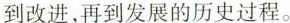
到改进,再到发展的历史过程。